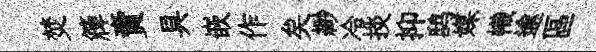
焚簰賣具嵌作矣緲冷掞抑鸱媒幟逾區